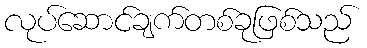
လုပ်ဆောင်ချက်တစ်ခုဖြစ်သည်